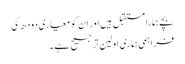
بچے ہمارا مستقبل ہیں اور ان کو معیاری دودھ کی
فراہمی ہماری اولین ترجیح ہے ۔